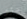
سترى